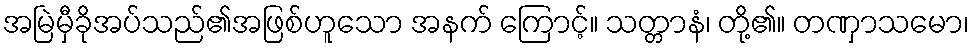
အမြဲမှီခိုအပ်သည်၏အဖြစ်ဟူသော အနက် ကြောင့်။ သတ္တာနံ၊ တို့၏။ တဏှာသမော၊